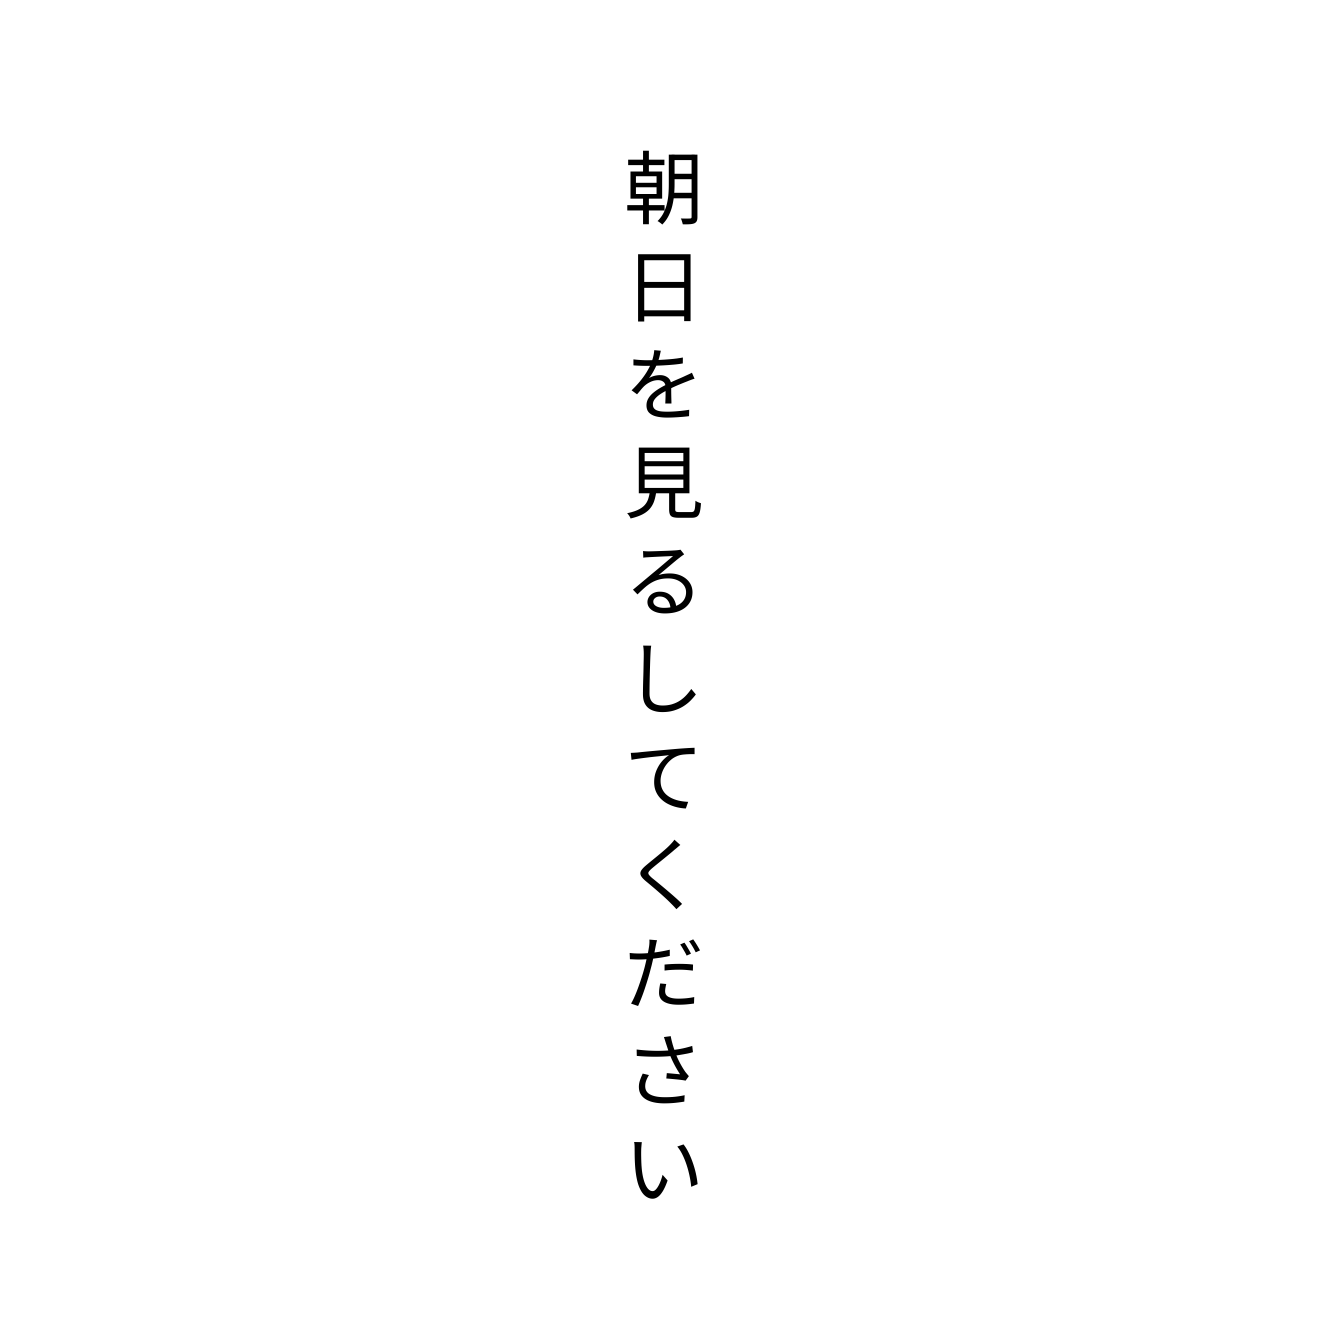
朝日を見るしてください